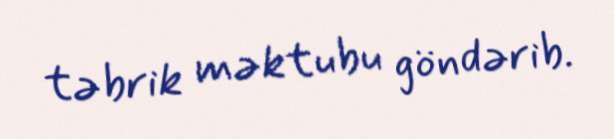
təbrik məktubu göndərib.